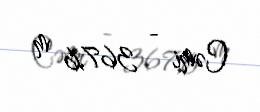
Cəmi - 367,6 m